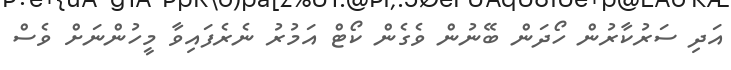
އަދި ސަރުކާރުން ހޯދަން ބޭނުން ވެގެން ކޯޓް އަމުރު ނެރެފައިވާ މީހުންނަށް ވެސް